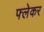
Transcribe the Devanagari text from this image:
फ्लेकर